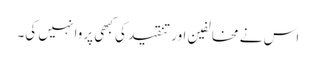
اس نے مخالفین اور تنقید کی کبھی پروا نہیں کی۔